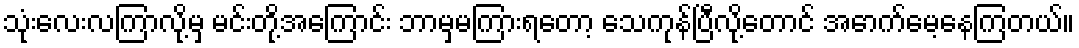
သုံးလေးလကြာလို့မှ မင်းတို့အကြောင်း ဘာမှမကြားရတော့ သေကုန်ပြီလို့တောင် အောက်မေ့နေကြတယ်။